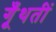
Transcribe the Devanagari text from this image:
गूँथतीं